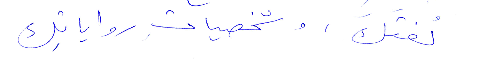
لغتكَ، وشخصيات رواياتِك